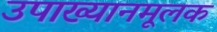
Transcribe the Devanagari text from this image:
उपाख्यानमूलक